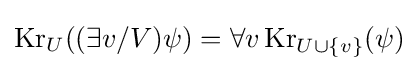
\operatorname {Kr} _{U}((\exists v/V)\psi )=\forall v\operatorname {Kr} _{U\cup \{v\}}(\psi )